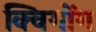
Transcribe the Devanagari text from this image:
क्विगोंग